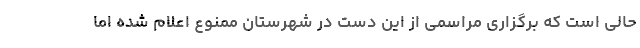
حالی است که برگزاری مراسمی از این دست در شهرستان ممنوع اعلام شده اما